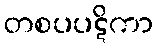
တစပပဋိကာ